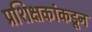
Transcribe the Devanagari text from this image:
प्रशिक्षकांकडून